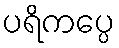
ပရိကပ္ပေ